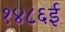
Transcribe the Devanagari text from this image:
१४८६ई